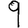
Digit: 9